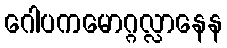
ဂေါပကမောဂ္ဂလ္လာနေန